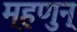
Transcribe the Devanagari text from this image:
म्हणुन्